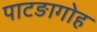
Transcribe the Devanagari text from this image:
पाटङागोह